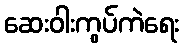
ဆေးဝါးကွပ်ကဲရေး